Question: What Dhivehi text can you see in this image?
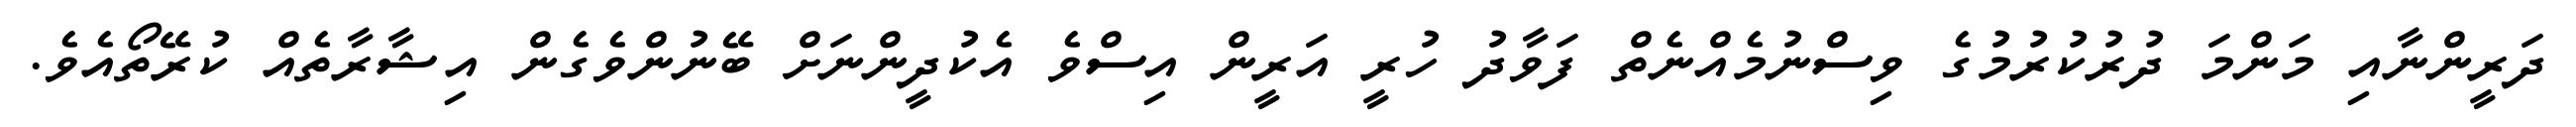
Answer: ދަރީންނާއި މަންމަ ދުރުކުރުމުގެ ވިސްނުމެއްނެތް ފަވާދު ހުރީ އަރީން އިސްވެ އެކުދީންނަށް ބޭނުންވެގެން އިޝާރާތެއް ކުރޭތޯއެވެ.